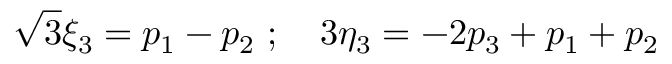
{ \sqrt 3 } { \xi } _ { 3 } = p _ { 1 } - p _ { 2 } \ ; \quad 3 { \eta } _ { 3 } = - 2 p _ { 3 } + p _ { 1 } + p _ { 2 }